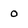
Character: o